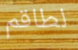
لطاقم